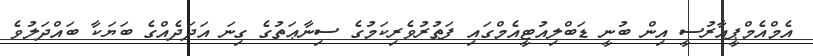
އެމްއެމްޕީއާރުސީ އިން ބުނީ ޑަބްލިއުޓީއެމްގައި ފަތުރުވެރިކަމުގެ ސިނާޢަތުގެ ގިނަ އަދަދެއްގެ ބަޔަކާ ބައްދަލުވެ